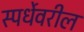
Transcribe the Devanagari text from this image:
स्पर्धेवरील